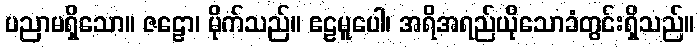
ပညာမရှိသော။ ဇဠော၊ မိုက်သည်။ ဧဠမူပေါ၊ အရိအရည်ယိုသောခံတွင်းရှိသည်။